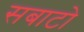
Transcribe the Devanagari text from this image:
सबाटो